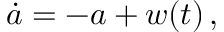
\dot { a } = - a + w ( t ) \, ,